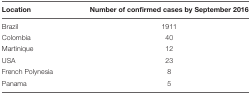
| Location | Number of confirmed cases by September 2016 |
 | --- | --- |
 | Brazil | 1911 |
 | Colombia | 40 |
 | Martinique | 12 |
 | USA | 23 |
 | French Polynesia | 8 |
 | Panama | 5 |